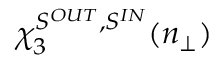
\chi _ { 3 } ^ { S ^ { O U T } , S ^ { I N } } ( n _ { \perp } )